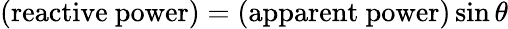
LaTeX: {\mathrm{(reactive~power)}}={\mathrm{(apparent~power)}}\sin\theta